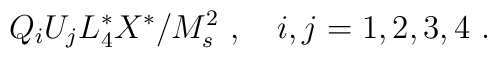
Q_i U_j L_4^* X^*/M^2_s~,~~~i,j=1,2,3,4~.